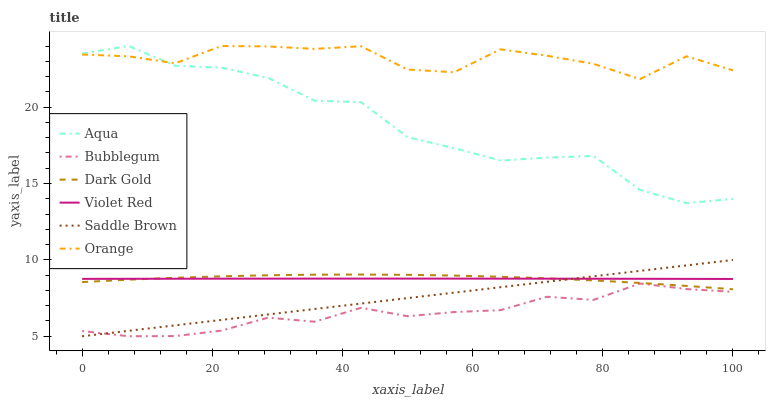
| xaxis_label | Aqua | Bubblegum | Dark Gold | Violet Red | Saddle Brown | Orange |
 | --- | --- | --- | --- | --- | --- | --- |
 | 0 | 23.5 | 5.34 | 8.55 | 8.76 | 5 | 23.4 |
 | 7.14 | 24 | 5 | 8.7 | 8.76 | 5.36 | 23.3 |
 | 14.3 | 22.7 | 5.01 | 8.83 | 8.77 | 5.71 | 22.9 |
 | 21.4 | 22.6 | 5.37 | 8.92 | 8.77 | 6.07 | 24 |
 | 28.6 | 21.9 | 6.22 | 8.99 | 8.77 | 6.43 | 24 |
 | 35.7 | 20.4 | 5.95 | 9.03 | 8.77 | 6.78 | 23.8 |
 | 42.9 | 20.3 | 6.86 | 9.04 | 8.77 | 7.14 | 24 |
 | 50 | 18 | 6.31 | 9.02 | 8.77 | 7.5 | 22.5 |
 | 57.1 | 17.3 | 6.58 | 8.97 | 8.77 | 7.85 | 22.3 |
 | 64.3 | 16.5 | 6.71 | 8.9 | 8.77 | 8.21 | 23.8 |
 | 71.4 | 16.7 | 7.58 | 8.79 | 8.77 | 8.57 | 23.4 |
 | 78.6 | 16.8 | 7.38 | 8.65 | 8.77 | 8.92 | 22.8 |
 | 85.7 | 14.6 | 8.45 | 8.49 | 8.76 | 9.28 | 21.8 |
 | 92.9 | 13.7 | 8.09 | 8.3 | 8.76 | 9.64 | 23.3 |
 | 100 | 14 | 7.91 | 8.08 | 8.75 | 9.99 | 22.4 |